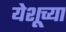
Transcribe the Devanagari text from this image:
येशूच्‍या